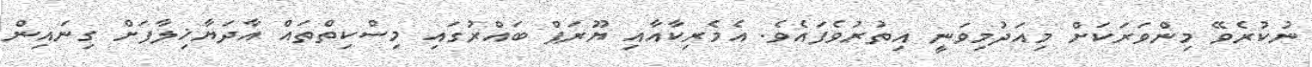
ނުކުރެވޭ މިންވަރަކަށް މިއަދުމިވަނީ އިތުރުވެފައެވެ. އެމެރިކާއާއި ޔޫރަޕް ބައްރުގައި މިސްކިތްތައް އާދަޔާޚިލާފަށް ގިނައިން